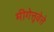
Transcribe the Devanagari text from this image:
मीगेत्तूवेत्ते